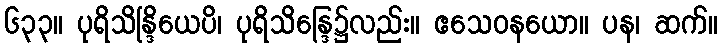
၆၃၃။ ပုရိသိန္ဒြိယေပိ၊ ပုရိသိန္ဒြေ၌လည်း။ ဧသေဝနယော။ ပန၊ ဆက်။